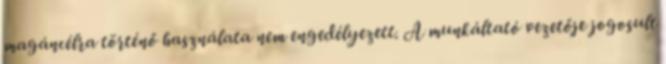
magáncélra történő használata nem engedélyezett. A munkáltató vezetője jogosult